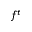
f ^ { t }